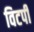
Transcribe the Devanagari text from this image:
विटपी